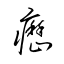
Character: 癧